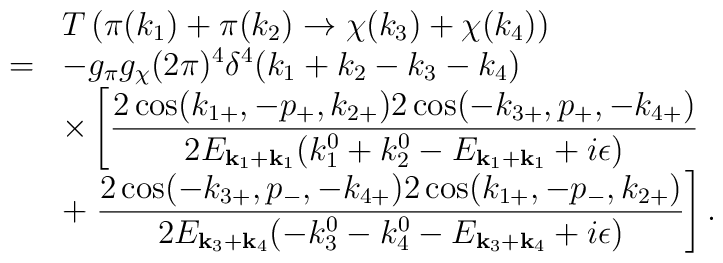
\begin{array}{rl}&T\left(\pi(k_1)+\pi(k_2)\to\chi(k_3)+\chi(k_4)\right)\\=&\displaystyle-g_{\pi}g_{\chi}(2\pi)^4\delta^4(k_1+k_2-k_3-k_4)\\&\displaystyle\times\left[\frac{2\cos(k_{1+},-p_+,k_{2+})2\cos(-k_{3+},p_+,-k_{4+})}{2E_{{\bf k}_1+{\bf k}_1}(k_1^0+k_2^0-E_{{\bf k}_1+{\bf k}_1}+i\epsilon)}\right.\\&\displaystyle+\left.\frac{2\cos(-k_{3+},p_-,-k_{4+})2\cos(k_{1+},-p_-,k_{2+})}{2E_{{\bf k}_3+{\bf k}_4}(-k_3^0-k_4^0-E_{{\bf k}_3+{\bf k}_4}+i\epsilon)}\right].\end{array}